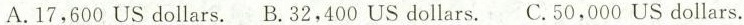
A.17,600 US dollars. B.32,400 US dollars. C.50,000 US dollars.